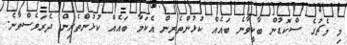
މި މެޗުގެ ސްކޮޑުން ބާކީވާނެ ބައެއް ކުޅުންތެރިން އެކަމާ ބައެއް ކުޅުންތެރިން ދެރަވެސްވާނެ.